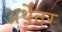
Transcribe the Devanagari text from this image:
अर्थेतर